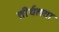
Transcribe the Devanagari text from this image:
तीर्थलता